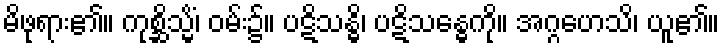
မိဖုရား၏။ ကုစ္ဆိသ္မိံ၊ ဝမ်း၌။ ပဋိသန္ဓိ၊ ပဋိသန္ဓေကို။ အဂ္ဂဟေသိ၊ ယူ၏။